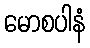
မောစပါနံ